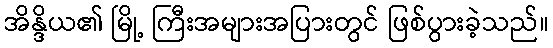
အိန္ဒိယ၏ မြို့ ကြီးအများအပြားတွင် ဖြစ်ပွားခဲ့သည်။